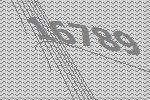
16789